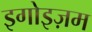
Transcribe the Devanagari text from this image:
इगोइज़म